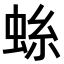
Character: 𫊺